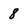
Character: 8